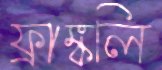
ফ্রাঙ্কলি